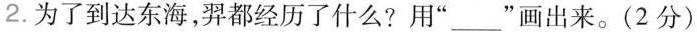
2.为了到达东海，羿都经历了什么?用”___”画出来。(2分)